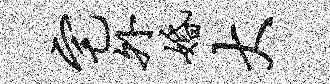
宅外婚大